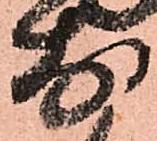
前